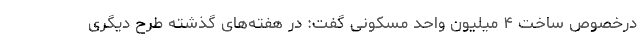
درخصوص ساخت ۴ میلیون واحد مسکونی گفت: در هفته‌های گذشته طرح دیگری